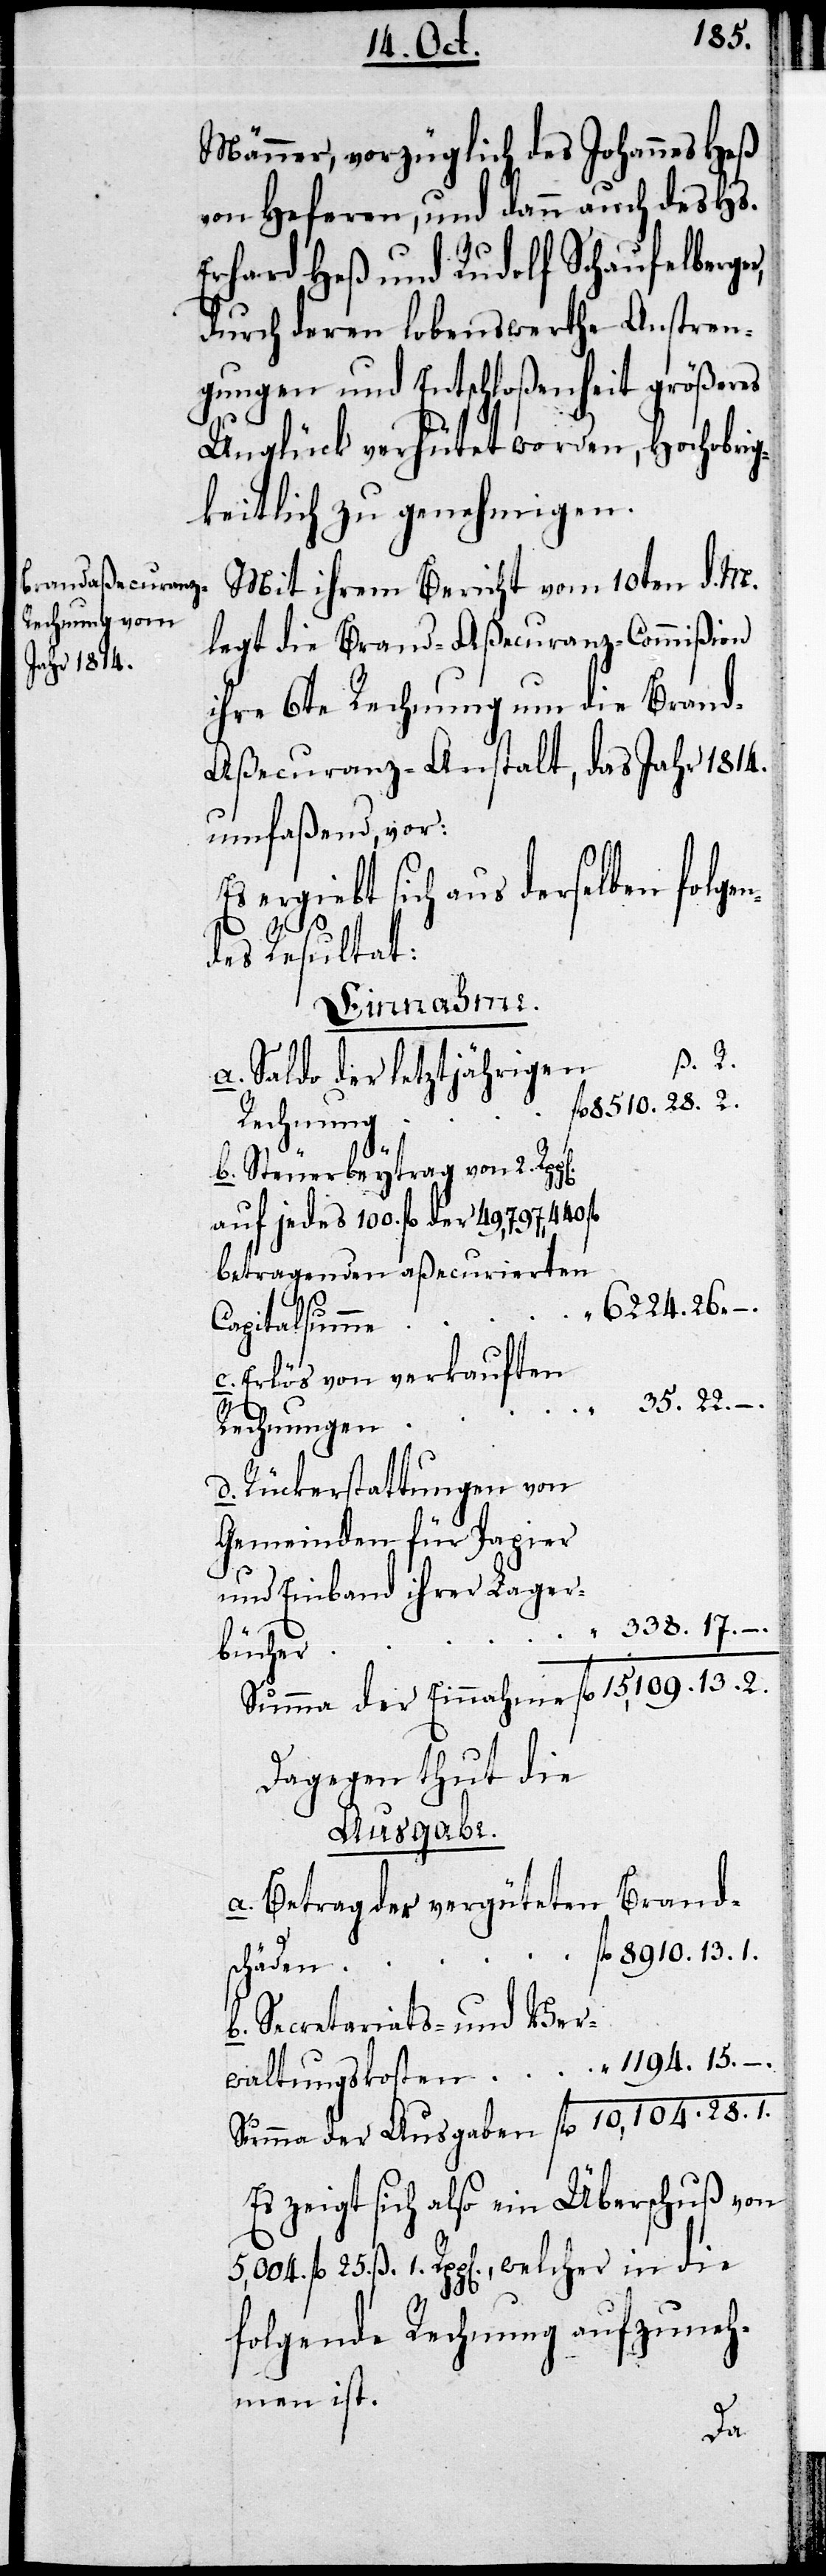
Männer, vorzüglich des Johannes Heß
von Heferen, und dann auch des Hs.
Erhard Heß und Rudolf Schaufelberger,
durch deren lobenswerthe Anstren¬
gungen und Entschloßenheit größeres
Unglück verhütet worden, Hochobrig¬
keitlich zu genehmigen.
Mit ihrem Bericht vom 10ten d. M.
legt die Brand-Aßecuranz-Commißion
ihre 6te Rechnung um die Bran¬
d-Aßecuranz-Anstalt, das Jahr 1814.
umfaßend, vor:
ergiebt sich aus derselben folge¬
ndes Resultat:
Einnahme.
1. R.
a. Saldo der letztjährigen
8510. 28. ß. 2.
100. fl.
b. Steuerbeytrag von 2. Rpp.
betragenden aßecurierten
ß.
c. Erlös von verkauften
35. fl. 22. ß.
Rechnungen
d. Rückerstattungen von
Gemeinden für Papier
und Einband ihrer Lager¬
r	338. fl. 17. ß.
büche¬
Summe der Einnahme	fl. 15109. 13. ß.
Dagegen thut die
Ausgabe.
a. Betrag der vergüteten Brand¬
n	fl. 8910. 13. ß
schäde¬
b. Secretariats- und Ver¬
waltungskosten	fl. 1194. 13. ß.
Summe der Ausgaben	fl. 10,104. 28. ß.
Es zeigt sich also ein Überschuß von
fl. 25. ß 1. Rpp., welcher in die
folgende Rechnung aufzuneh¬
men ist.